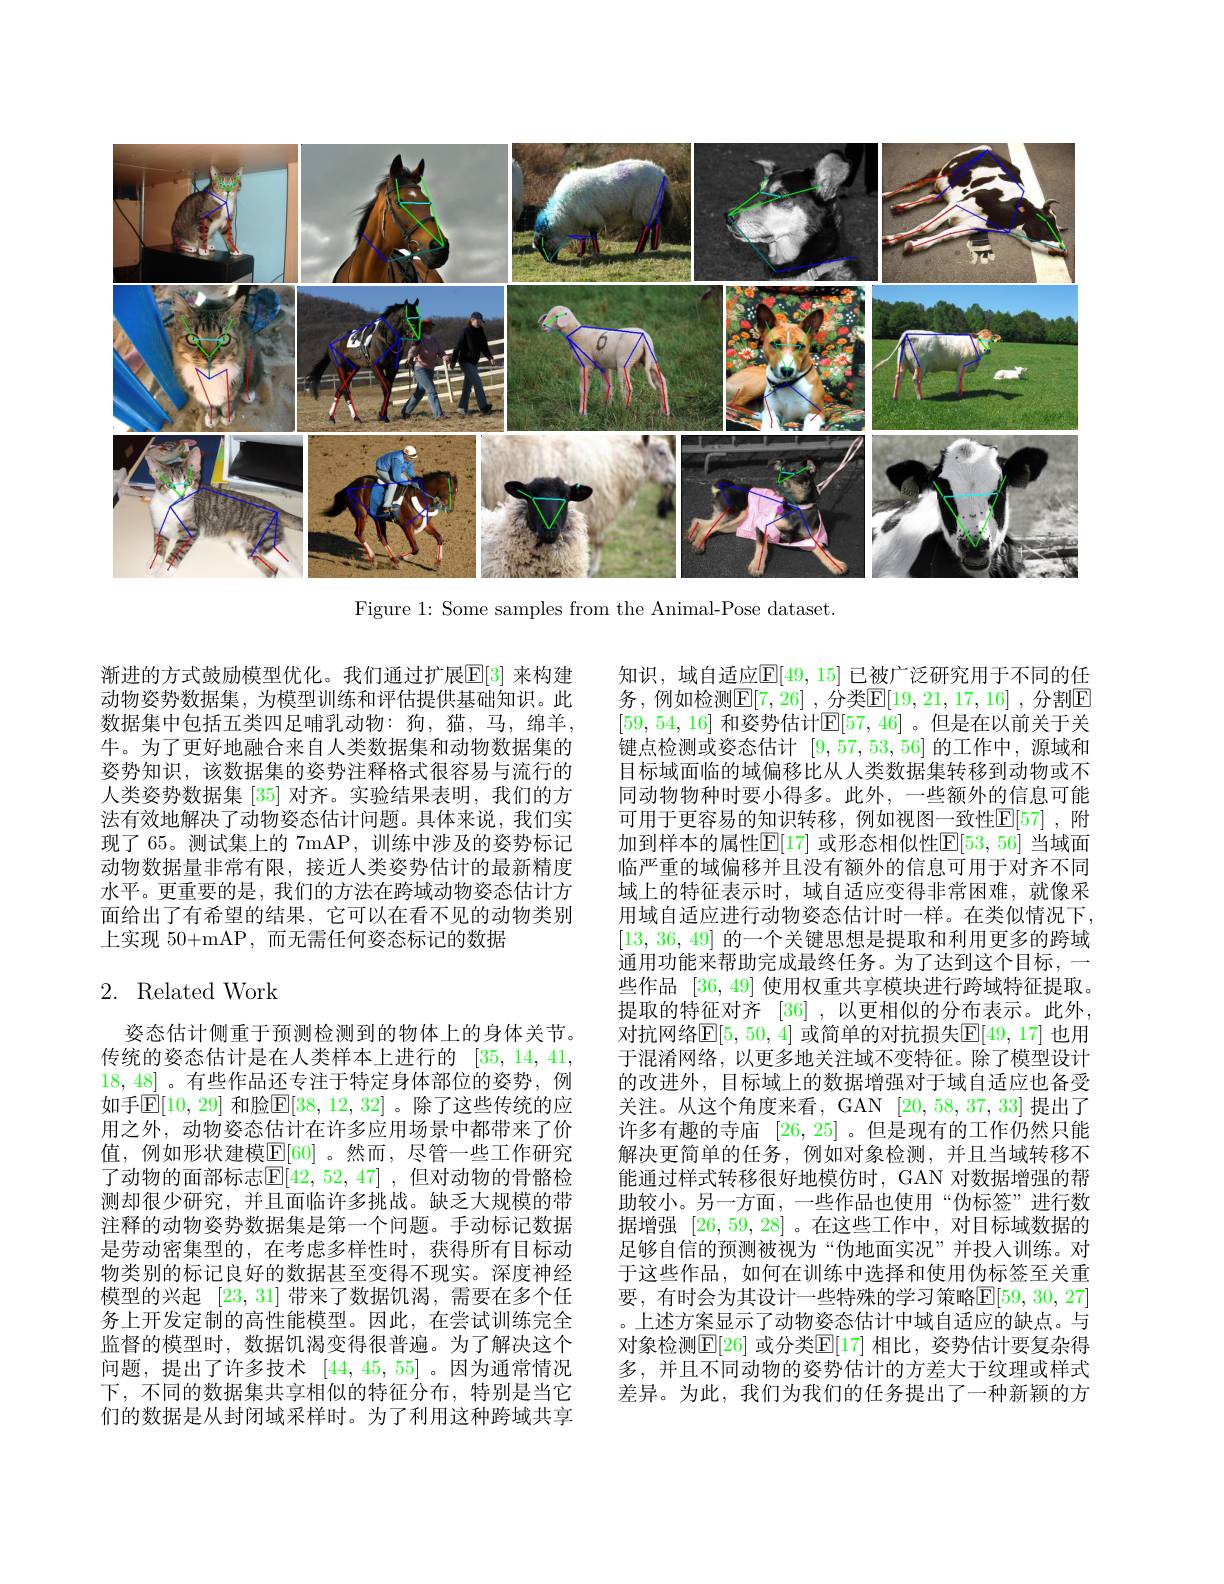
<FigureHere>

Figure 1: Some samples from the Animal-Pose dataset.

渐进的方式鼓励模型优化。我们通过扩展$\mathbb{E}[3]$ 来构建动物姿势数据集，为模型训练和评估提供基础知识。此数据集中包括五类四足哺乳动物：狗，猫，马，绵羊， 牛。为了更好地融合来自人类数据集和动物数据集的姿势知识，该数据集的姿势注释格式很容易与流行的人类姿势数据集[35]对齐。实验结果表明，我们的方法有效地解决了动物姿态估计问题。具体来说，我们实现了 65。测试集上的 7mAP, 训练中涉及的姿势标记动物数据量非常有限，接近人类姿势估计的最新精度水平。更重要的是，我们的方法在跨域动物姿态估计方面给出了有希望的结果，它可以在看不见的动物类别上实现 50+mAP,而无需任何姿态标记的数据

# 2. Related Work

姿态估计侧重于预测检测到的物体上的身体关节。传统的姿态估计是在人类样本上进行的 [35,14,41, 18,48]。有些作品还专注于特定身体部位的姿势，例如手$\mathbb{E}[10,29]$ 和脸$\mathbb{E}[38,12,32]$。除了这些传统的应用之外，动物姿态估计在许多应用场景中都带来了价值，例如形状建模$\overline{\mathbb{E}}[60]$。然而，尽管一些工作研究了动物的面部标志$\mathbb{E}[42,52,47]$ ,但对动物的骨骼检测却很少研究，并且面临许多挑战。缺乏大规模的带注释的动物姿势数据集是第一个问题。手动标记数据是劳动密集型的，在考虑多样性时，获得所有目标动物类别的标记良好的数据甚至变得不现实。深度神经模型的兴起[23,31]带来了数据饥渴，需要在多个任务上开发定制的高性能模型。因此，在尝试训练完全监督的模型时，数据饥渴变得很普遍。为了解决这个问题，提出了许多技术[44,45,55] 。因为通常情况下，不同的数据集共享相似的特征分布，特别是当它们的数据是从封闭域采样时。为了利用这种跨域共享

知识，域自适应$\mathbb{E}[49,15]$ 已被广泛研究用于不同的任务，例如检测$\mathbb{E}[7,26]$ ,分类$\mathbb{E}[19,21,17,16]$ ,分割$\mathbb{E}$ [59,54,16] 和姿势估计$\mathbb{E}[57,46]$ 。但是在以前关于关键点检测或姿态估计[9,57,53,56]的工作中，源域和目标域面临的域偏移比从人类数据集转移到动物或不同动物物种时要小得多。此外，一些额外的信息可能可用于更容易的知识转移，例如视图一致性$\mathbb{E}[57]$ ,附加到样本的属性$\mathbb{E}[17]$ 或形态相似性$\mathbb{E}[53,56]$ 当域面临严重的域偏移并且没有额外的信息可用于对齐不同域上的特征表示时，域自适应变得非常困难，就像采用域自适应进行动物姿态估计时一样。在类似情况下[13,36,49]的一个关键思想是提取和利用更多的跨域通用功能来帮助完成最终任务。为了达到这个目标，一些作品[36,49]使用权重共享模块进行跨域特征提取。提取的特征对齐 [36] ,以更相似的分布表示。此外， 对抗网络$\mathbb{E}[5,50,4]$ 或简单的对抗损失$\mathbb{E}[49,17]$ 也用于混淆网络，以更多地关注域不变特征。除了模型设计的改进外，目标域上的数据增强对于域自适应也备受关注。从这个角度来看，GAN [20,58,37,33]提出了许多有趣的寺庙[26,25] 。但是现有的工作仍然只能解决更简单的任务，例如对象检测，并且当域转移不能通过样式转移很好地模仿时，GAN 对数据增强的帮助较小。另一方面，一些作品也使用“伪标签”进行数据增强[26,59,28] 。在这些工作中，对目标域数据的足够自信的预测被视为“伪地面实况”并投入训练。对于这些作品，如何在训练中选择和使用伪标签至关重要，有时会为其设计一些特殊的学习策略$\mathbb{E}[59,30,27]$ 。上述方案显示了动物姿态估计中域自适应的缺点。与对象检测$\mathbb{E}[26]$ 或分类$\mathbb{E}[17]$ 相比，姿势估计要复杂得多，并且不同动物的姿势估计的方差大于纹理或样式差异。为此，我们为我们的任务提出了一种新颖的方